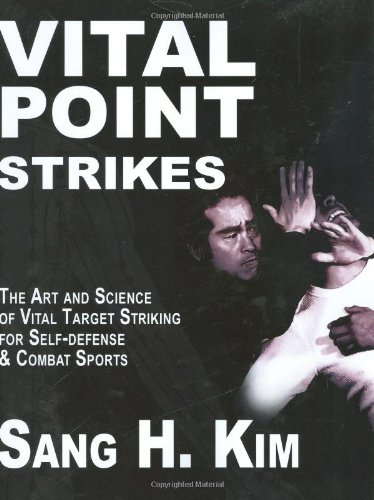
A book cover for Vital Point Strikes: The Art and Science of Striking Vital Targets for Self-defense and Combat Sports; Sang H. Kim; Sports & Outdoors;